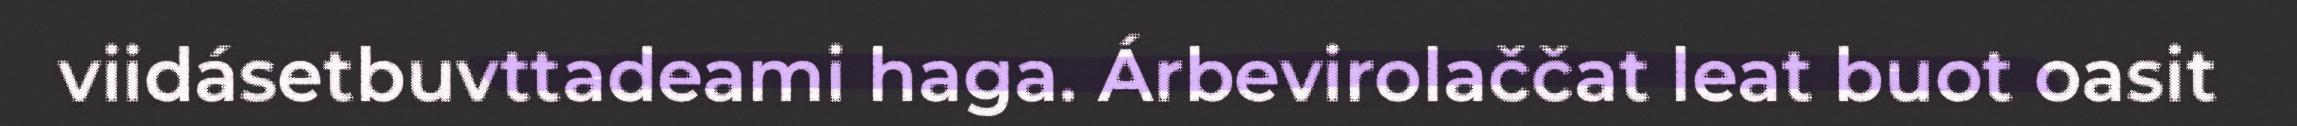
viidásetbuvttadeami haga. Árbevirolaččat leat buot oasit